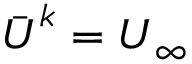
\bar { \boldsymbol { U } } ^ { k } = \boldsymbol { U } _ { \infty }